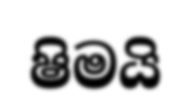
ෂිමයි